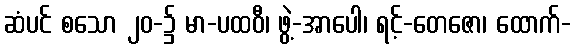
ဆံပင် စသော ၂၀-၌ မာ-ပထဝီ၊ ဖွဲ့-အာပေါ၊ ရင့်-တေဇော၊ ထောက်-